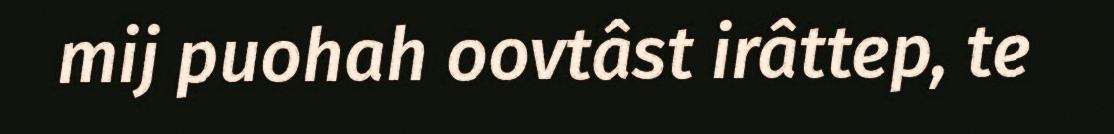
mij puohah oovtâst irâttep, te